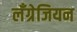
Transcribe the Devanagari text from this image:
लँग्रेजियन